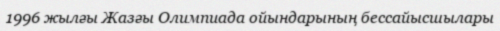
1996 жылғы Жазғы Олимпиада ойындарының бессайысшылары